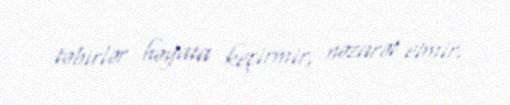
təbirlər həyata keçirmir, nəzarət etmir.